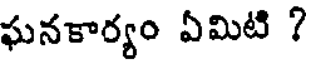
ఘనకార్యం ఏమిటి ?